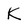
Character: k